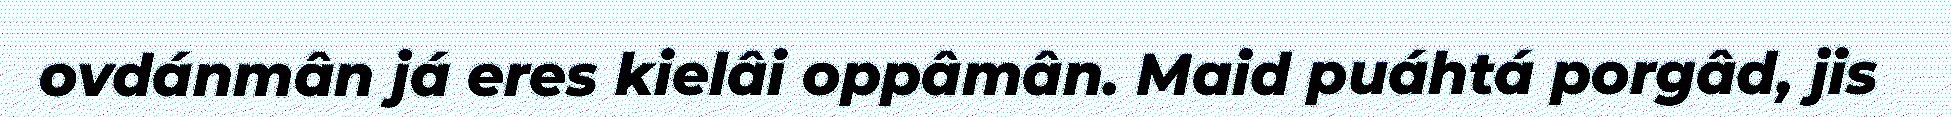
ovdánmân já eres kielâi oppâmân. Maid puáhtá porgâd, jis